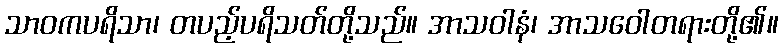
သာဝကပရိသာ၊ တပည့်ပရိသတ်တို့သည်။ အာသဝါနံ၊ အာသဝေါတရားတို့၏။